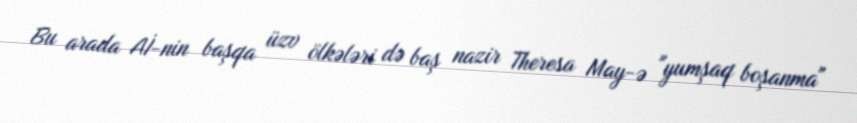
Bu arada Aİ-nin başqa üzv ölkələri də baş nazir Theresa May-ə "yumşaq boşanma"